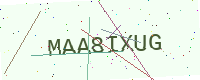
Text: MAA8IXUG